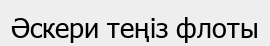
Әскери теңіз флоты